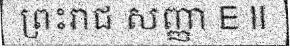
ព្រះរាជ សញ្ញា E II